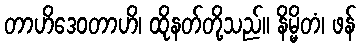
တာဟိဒေဝတာဟိ၊ ထိုနတ်တို့သည်။ နိမ္မိတံ၊ ဖန်